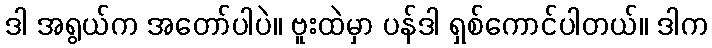
ဒါ အရွယ်က အတော်ပါပဲ။ ဗူးထဲမှာ ပန်ဒါ ရှစ်ကောင်ပါတယ်။ ဒါက